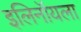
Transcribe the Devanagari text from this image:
इलिनॉयला